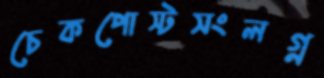
চেকপোস্টসংলগ্ন